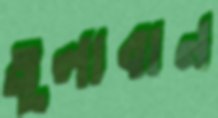
তুলাবান